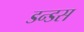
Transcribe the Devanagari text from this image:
डन्डस